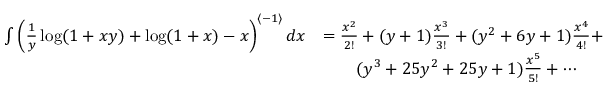
\begin{array} { r l } { \int \left( \frac { 1 } { y } \log ( 1 + x y ) + \log ( 1 + x ) - x \right) ^ { \left< - 1 \right> } d x } & { = \frac { x ^ { 2 } } { 2 ! } + ( y + 1 ) \frac { x ^ { 3 } } { 3 ! } + ( y ^ { 2 } + 6 y + 1 ) \frac { x ^ { 4 } } { 4 ! } + } \\ & { \qquad ( y ^ { 3 } + 2 5 y ^ { 2 } + 2 5 y + 1 ) \frac { x ^ { 5 } } { 5 ! } + \cdots } \end{array}